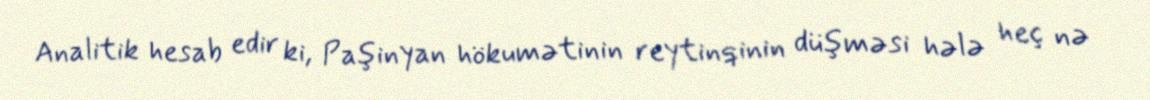
Analitik hesab edir ki, Paşinyan hökumətinin reytinqinin düşməsi hələ heç nə